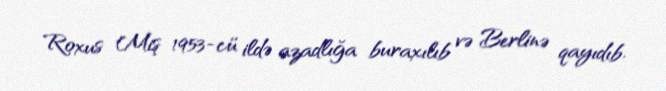
Roxus Miş 1953-cü ildə azadlığa buraxılıb və Berlinə qayıdıb.